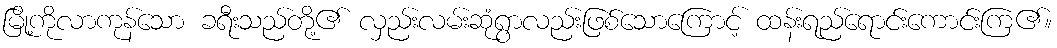
မြို့ကိုလာကုန်သော ခရီးသည်တို့၏ လှည်းလမ်းဆုံရွာလည်းဖြစ်သောကြောင့် ထန်းရည်ရောင်းကောင်းကြ၏။